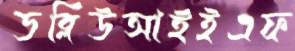
ডব্লিউআইইএফ